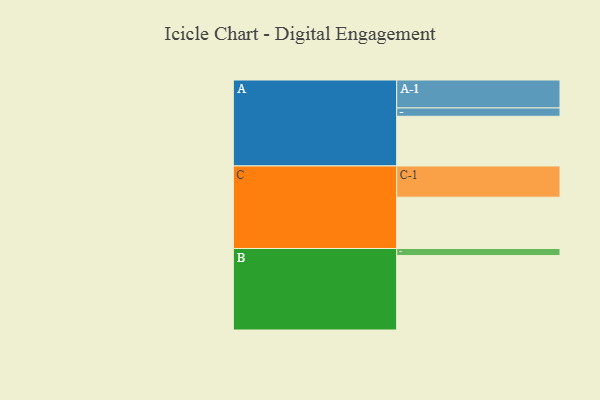
{"axis": {"x": "Segment", "y": "Value"}, "legend": ["", "A", "B", "C"], "data": [{"x": "A", "y": 400, "type": ""}, {"x": "B", "y": 599, "type": ""}, {"x": "C", "y": 413, "type": ""}, {"x": "A-1", "y": 225, "type": "A"}, {"x": "A-2", "y": 67, "type": "A"}, {"x": "B-1", "y": 57, "type": "B"}, {"x": "C-1", "y": 251, "type": "C"}]}